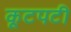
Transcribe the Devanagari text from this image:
कूटपटी